Document type: Emphyteutic lease
Year: 1333
Scribe: Berenguer Simó
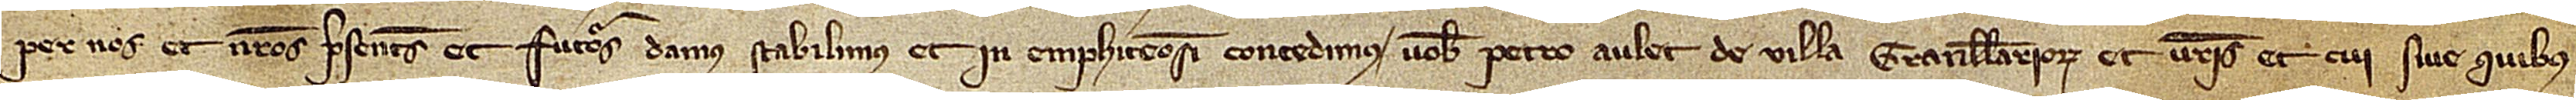
per nos et nostros presentes et futuros stabilimus et in emphiteosim concedimus vobis Petro Aulet, de villa Granullariorum, et vestris et cui sive quibus